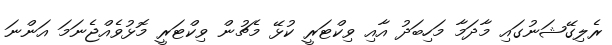
ރެލިގޭޝަނުގައި މާދަމާ މަހިބަދު އާއި ވިކްޓަރީ ކުޅޭ މެޗުން ވިކްޓަރީ މޮޅުވެއްޖެނަމަ އަންނަ